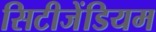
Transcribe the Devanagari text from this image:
सिटीजेंडियम